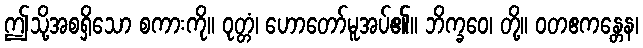
ဤသို့အစရှိသော စကားကို။ ဝုတ္တံ၊ ဟောတော်မူအပ်၏။ ဘိက္ခဝေ၊ တို့။ ဝတဧကန္တေန၊